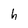
Character: h